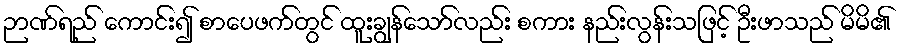
ဉာဏ်ရည် ကောင်း၍ စာပေဖက်တွင် ထူးချွန်သော်လည်း စကား နည်းလွန်းသဖြင့် ဦးဖာသည် မိမိ၏